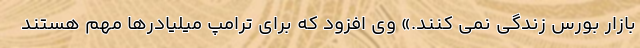
بازار بورس زندگی نمی کنند.» وی افزود که برای ترامپ میلیادرها مهم هستند